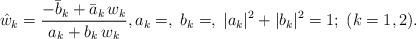
LaTeX: \begin{align*}\hat w_k = \frac{-\bar b_k +\bar a_k\,w_k}{a_k+b_k\,w_k},a_k=, \; b_k=,\; |a_k|^2+|b_k|^2=1; \; (k=1,2).\end{align*}